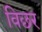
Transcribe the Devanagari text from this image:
विछर